Vaccination in Bombay 1902-1912 - 1902-1912
Year: 1902
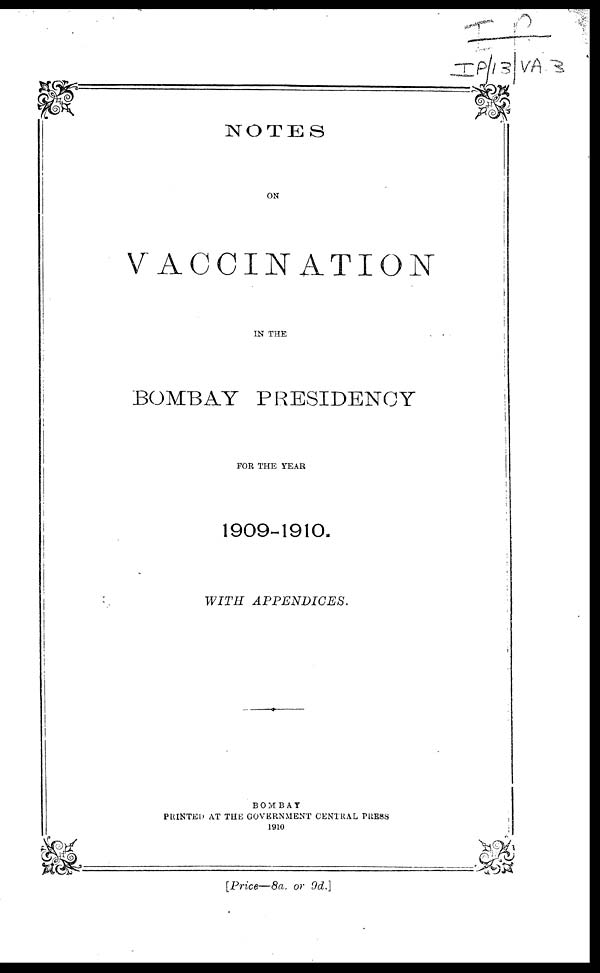
NOTES
ON
VACCINATION
IN THE
BOMBAY PRESIDENCY
FOR THE YEAR
1909-1910.
WITH
APPENDICES.
BOMBAY
PRINTED AT THE GOVERNMENT CENTRAL PRESS
1910
[Price—8a. or 9d.]